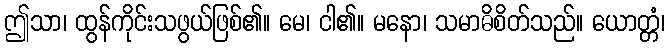
ဤသာ၊ ထွန်ကိုင်းသဖွယ်ဖြစ်၏။ မေ၊ ငါ၏။ မနော၊ သမာဓိစိတ်သည်။ ယောတ္တံ၊